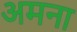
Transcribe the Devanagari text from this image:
अमना